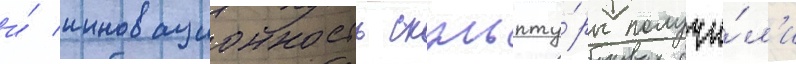
и́ инновационность скульпту́ры получи́л'и